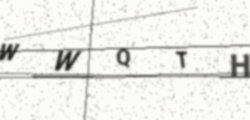
Text: WWQTH